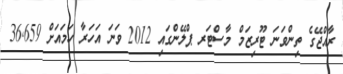
ރާއްޖޭގެ ތިންވަނަ ޓޫރިޒަމް މާސްޓަރ ޕްލޭންގައި 2012 ވަނަ އަހަރާ ހަމައަށް 36